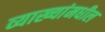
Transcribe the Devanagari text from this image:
व्याख्यांमधील